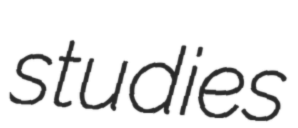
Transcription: studies